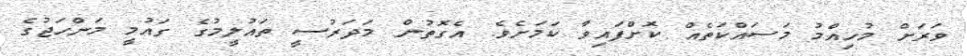
ވަރަށް މުހިއްމު މަސައްކަތެއް ކޮށްފައިވާ ކަމަށެވެ. އެގޮތުން މަދަރުސީ ތައުލީމުގެ ގައުމީ މަންހަޖުގެ